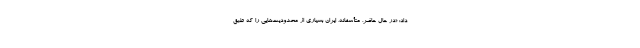
داد: «در حال حاضر، متأسفانه، ایران بسیاری از محدودیت‌هایی را که طبق